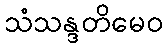
သံသန္ဒတိမေဝ